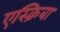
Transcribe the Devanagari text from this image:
एस्क्रिबा